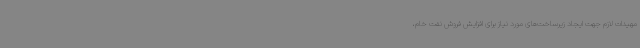
مهیدات لازم جهت ایجاد زیرساخت‌های مورد نیاز برای افزایش فروش نفت خام،